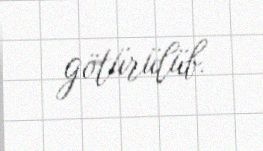
götürülüb.